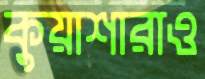
কুয়াশারাও